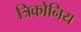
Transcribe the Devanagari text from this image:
त्रिकोनिय